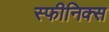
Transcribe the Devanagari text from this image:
स्फीनिक्स